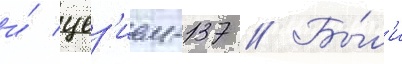
и́ цез'ием-137 // Бы́л'и